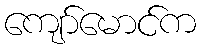
ကျော်မောင်က